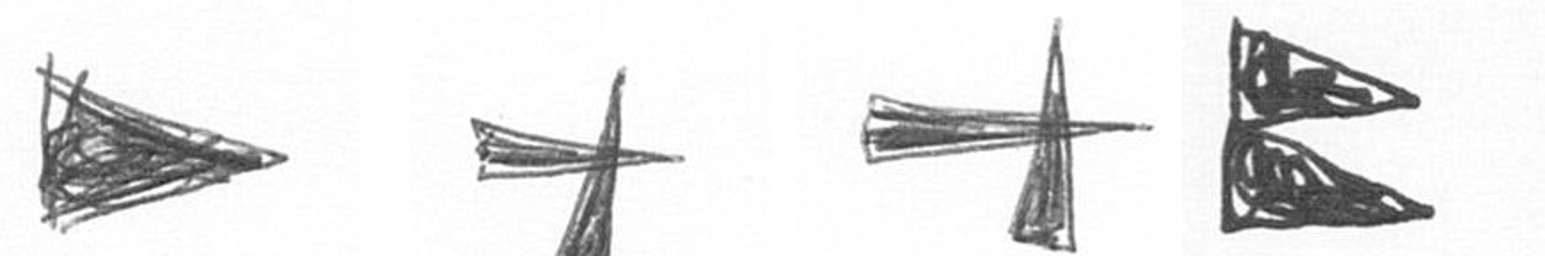
T G G P